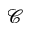
\mathcal { C }